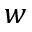
w